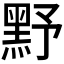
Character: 𪐧